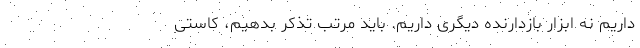
داریم نه ابزار بازدارنده دیگری داریم. باید مرتب تذکر بدهیم، کاستی